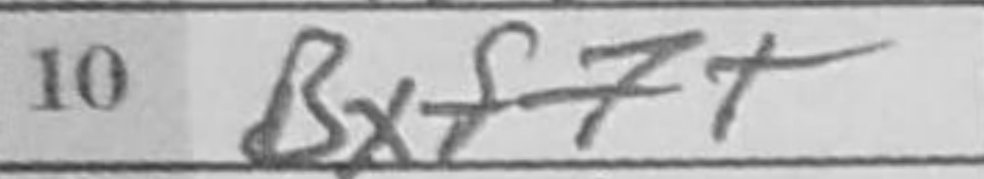
Transcription: Bxf7+